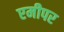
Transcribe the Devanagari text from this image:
एमीपर